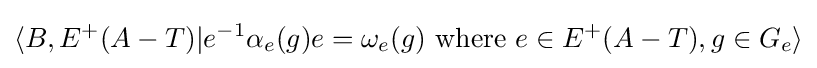
\langle B,E^{+}(A-T)|e^{-1}\alpha _{e}(g)e=\omega _{e}(g){\text{ where }}e\in E^{+}(A-T),g\in G_{e}\rangle